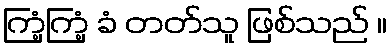
ကြံ့ကြံ့ ခံ တတ်သူ ဖြစ်သည် ။